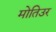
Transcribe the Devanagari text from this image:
मोतिउर